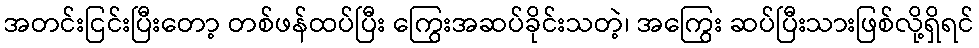
အတင်းငြင်းပြီးတော့ တစ်ဖန်ထပ်ပြီး ကြွေးအဆပ်ခိုင်းသတဲ့၊ အကြွေး ဆပ်ပြီးသားဖြစ်လို့ရှိရင်